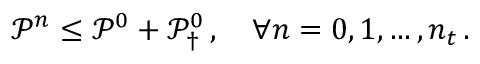
\mathcal P ^ { n } \le \mathcal P ^ { 0 } + \mathcal P _ { \dagger } ^ { 0 } \, , \quad \forall n = 0 , 1 , \hdots , n _ { t } \, .